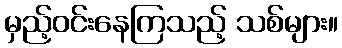
မှည့်ဝင်းနေကြသည့် သစ်များ။